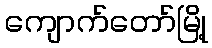
ကျောက်တော်မြို့